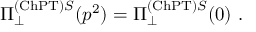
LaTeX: \Pi _ { \perp } ^ { \mathrm { ( C h P T ) } S } ( p ^ { 2 } ) = \Pi _ { \perp } ^ { \mathrm { ( C h P T ) } S } ( 0 ) \ .